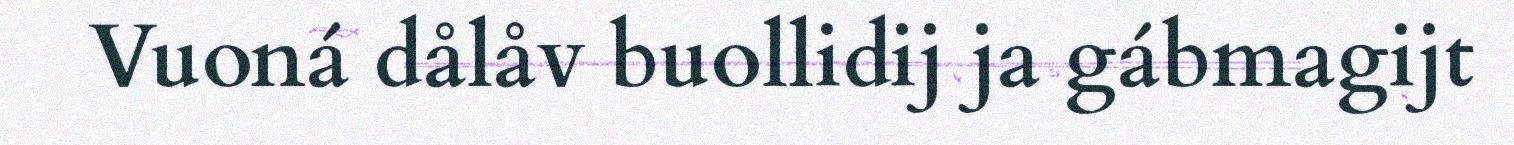
Vuoná dålåv buollidij ja gábmagijt